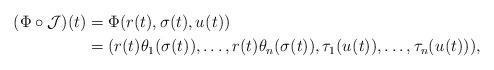
LaTeX: \begin{align*}(\Phi\circ\mathcal{J})(t)&=\Phi(r(t),\sigma_{}(t),u_{}(t))\\&=(r(t)\theta_{1}(\sigma_{}(t)),\dots,r(t)\theta_{n}(\sigma_{}(t)),\tau_{1}(u_{}(t)),\dots ,\tau_{n}(u_{}(t))),\end{align*}